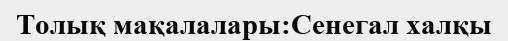
Толық мақалалары:Сенегал халқы